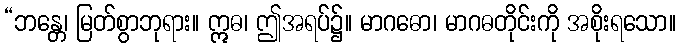
“ဘန္တေ၊ မြတ်စွာဘုရား။ ဣဓ၊ ဤအရပ်၌။ မာဂဓော၊ မာဂဓတိုင်းကို အစိုးရသော။